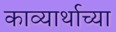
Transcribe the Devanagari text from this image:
काव्यार्थाच्या